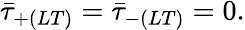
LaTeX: \bar{\tau}_{+(LT)}=\bar{\tau}_{-(LT)}=0.